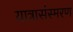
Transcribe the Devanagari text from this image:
यात्रासंस्मरण